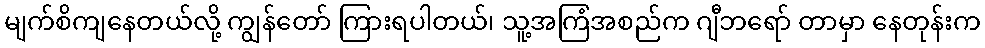
မျက်စိကျနေတယ်လို့ ကျွန်တော် ကြားရပါတယ်၊ သူ့အကြံအစည်က ဂျီဘရော် တာမှာ နေတုန်းက